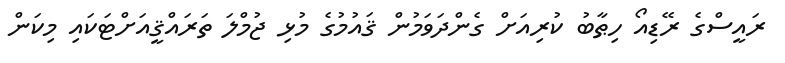
ރައީސްގެ ރޭޑިއޯ ހިޠާބު ކުރިއަށް ގެންދަވަމުން ޤައުމުގެ މުޅި ޖުމްލަ ތަރައްޤީއަށްޓަކައި މިކަން